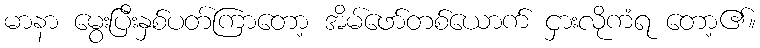
မာနာ မွေးပြီးနှစ်ပတ်ကြာတော့ အိမ်ဖော်တစ်ယောက် ငှားလိုကံရ တော့၏။